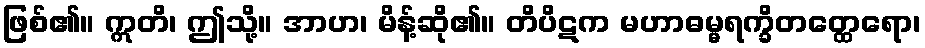
ဖြစ်၏။ ဣတိ၊ ဤသို့။ အာဟ၊ မိန့်ဆို၏။ တိပိဋက မဟာဓမ္မရက္ခိတတ္ထေရော၊